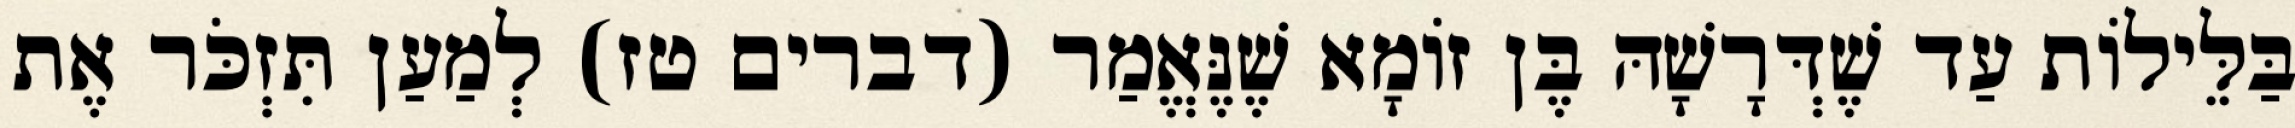
בַּלֵּילוֹת עַד שֶׁדְּרָשָׁהּ בֶּן זוֹמָא שֶׁנֶּאֱמַר (דברים טז) לְמַעַן תִּזְכֹּר אֶת